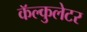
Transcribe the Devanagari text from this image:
कॅल्कुलेटर